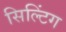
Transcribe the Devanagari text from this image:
सिल्टिंग